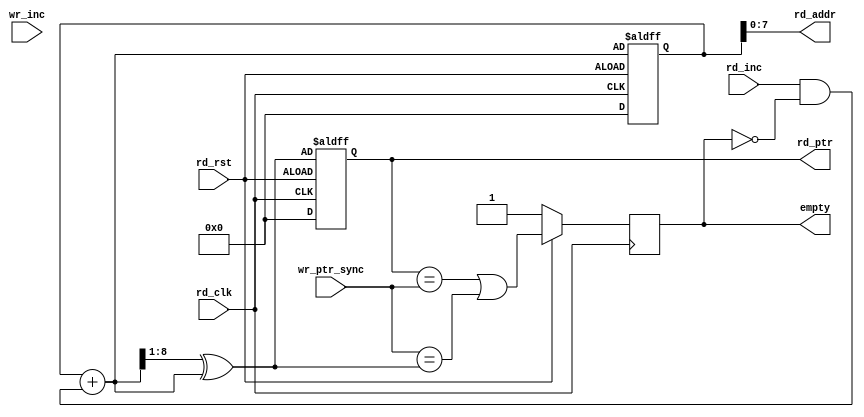
`timescale 1ns / 1ps
//////////////////////////////////////////////////////////////////////////////////
// Company: 
// Engineer: 
// 
// Design Name: 
// Module Name: empty
// Project Name: 
// Target Devices: 
// Tool Versions: 
// Description: 
// 
// Dependencies: 
// 
// Revision:
// Revision 0.01 - File Created
// Additional Comments:
// 
//////////////////////////////////////////////////////////////////////////////////


module rptr_empty #(parameter add_size = 8)
(output reg empty,   // empty flag
output [add_size-1:0] rd_addr,   // read address in  binary format
output reg [add_size :0] rd_ptr,  // read pointer in binary format
input [add_size :0] wr_ptr_sync,  // write pointer after synchronization
input rd_inc,  // read enable
input wr_inc , // write enable
input rd_clk,  // read clock
input rd_rst);    // read reset

//
	// Module body
	// ------Read pointer empty module  registers and wires-------
reg [add_size:0] rbin;  // read pointer in binary format
wire [add_size:0] rgraynext;  // read pointer next in gray format
wire [add_size:0] rbinnext;   //  read pointer next in binary format
wire rempty_val;

//  ----gary counter implementation------
assign rd_addr = rbin[add_size-1:0];    // assign read binary to read address
assign rbinnext = rbin + (rd_inc & ~empty);  // binary pointer increment
assign rgraynext = (rbinnext>>1) ^ rbinnext;  // binary to gray conversionb

// ----- empty flag condition-------
assign  rempty_val = ((rd_ptr == wr_ptr_sync) | ( (wr_ptr_sync== rgraynext )));  // empty value assignment


 // ---------pointer update to next value ---------
always @(posedge rd_clk or posedge rd_rst)
begin
if (!rd_rst) 
{rbin, rd_ptr} <= 0;  // if !rst then assign pointer to 0
else 
{rbin, rd_ptr} <= {rbinnext, rgraynext}; //  next value to pointer at positive clock edge
end

// ------- empty flag assignment--------
always @(posedge rd_clk )
begin
if (!rd_rst) 
empty <= 1'b1;
else 
empty <= rempty_val;  // empty flag update at positive edge of clock 
end
endmodule